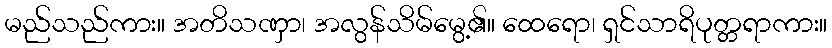
မည်သည်ကား။ အတိသဏှာ၊ အလွန်သိမ်မွေ့၏။ ထေရော၊ ရှင်သာရိပုတ္တရာကား။